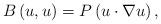
LaTeX: \begin{align*}B\left(u,u\right)=P\left(u\cdot\nabla u\right),\end{align*}